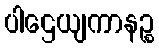
ပါဌေယျကာနဉ္စ